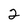
Character: 2